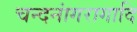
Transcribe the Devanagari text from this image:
चन्दनांगरागादि